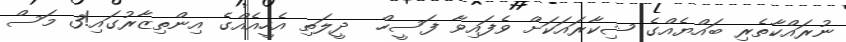
ނުރައްކާތެރި ބައްޔެއްގެ ޝިކާރައަކަށް ވެފައިވާ ފަސީހް  ދީލަތި އެހީއެއްގެ އިންތިޒާރުގައި!3 މަސް